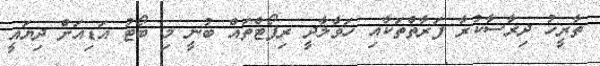
ތާރީހު ދިރާސާކުރާ ފަރާތްތަކާއި ހަވާލާދީ ރިޕޯޓްތައް ބުނީ މި ބޯޓު އަޑިއަށް ދިޔައީ